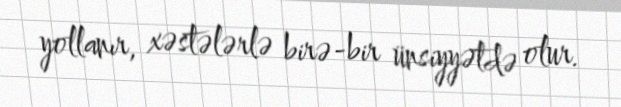
yollanır, xəstələrlə birə-bir ünsiyyətdə olur.